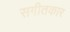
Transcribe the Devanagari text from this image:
सगीतकार